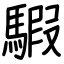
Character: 騢